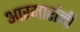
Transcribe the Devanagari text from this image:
आरमारांनी